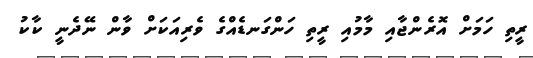
ރީތި ހަމަށް އޮރެންޖާއި މާމުއި ރީތި ހަންގަނޑެއްގެ ވެރިއަކަށް ވާން ނޭދެނީ ކާކު